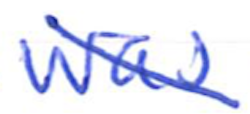
Text: was
Cross-out: diagonal
Writing tool: ballpoint